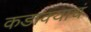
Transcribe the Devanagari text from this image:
कडाक्याचं